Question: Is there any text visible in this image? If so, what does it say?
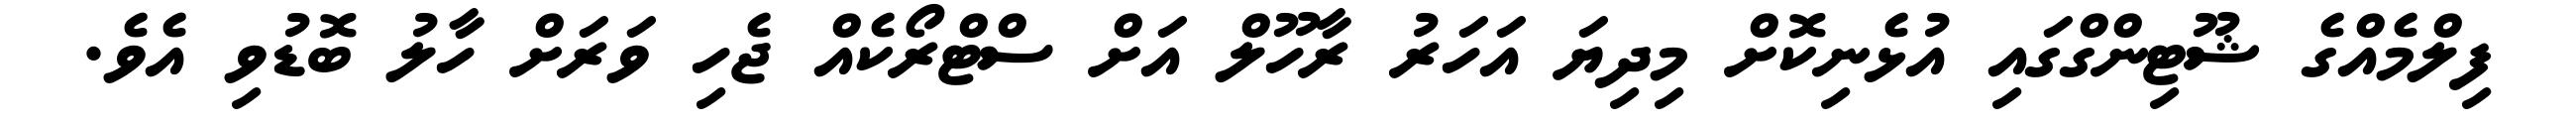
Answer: ފިލްމެއްގެ ޝޫޓިންގްގައި އުޅެނިކޮށް މިދިޔަ އަހަރު ރާހޫލް އަށް ސްޓްރޯކެއް ޖެހި ވަރަށް ހާލު ބޮޑުވި އެވެ.